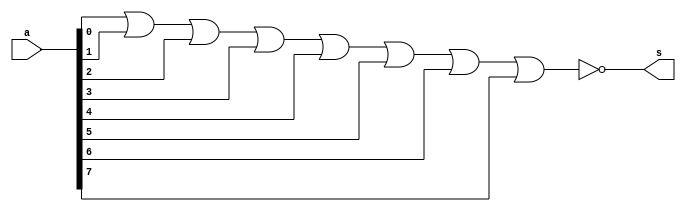
// ------------------------- 
// Exemplo0016 - nor 
// Nome: Rafael Santos Moura
// ------------------------- 

// --------------------- 
// -- nor gate 
// --------------------- 
	module batata (output s, input [7:0] a); 
	nor NOR1 (s, a[0], a[1], a[2], a[3], a[4], a[5], a[6], a[7]);	
	endmodule // nor

// --------------------- 
// -- test batata 
// --------------------- 

	module test; 

// ------------------------- dados locais 
	reg [7:0]a;
	wire s;
	batata BAT (s, a);

	

// ------------------------- preparacao 
	initial begin:start 
	a = 8'b00000000;

 
end
// ------------------------- parte principal 
	initial begin:main 
	$display("Exemplo0016 - Rafael Santos Moura - 441705"); 
	$display("Questo 11 - NOR"); 
	#1	a = 8'b00000000;
	#1 $display("%8b = %b", a, s);
end


endmodule // testbatata